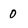
Character: 0